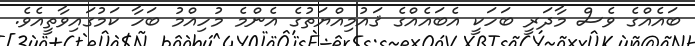
ބައެއްގެ ވެސް މާދަރީ ބަހަކީ އެބައެއްގެ ޤައުމިއްޔަތުގެ އެންމެ މުހިއްމު ބަހާ ކަމުގައިވާތީއެވެ.